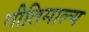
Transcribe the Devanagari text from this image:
गीतिमाल्य